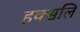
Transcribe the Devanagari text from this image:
हक्सलि